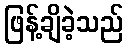
ဖြန့်ချိခဲ့သည်